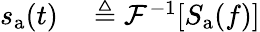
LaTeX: \begin{array}{rl}{s_{\mathrm{a}}(t)}&{{}\triangleq{\mathcal{F}}^{-1}[S_{\mathrm{a}}(f)]}\end{array}